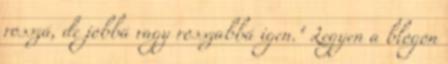
rosszá, de jobbá vagy rosszabbá igen." Legyen a blogon